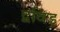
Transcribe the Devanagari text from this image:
द्वविड़